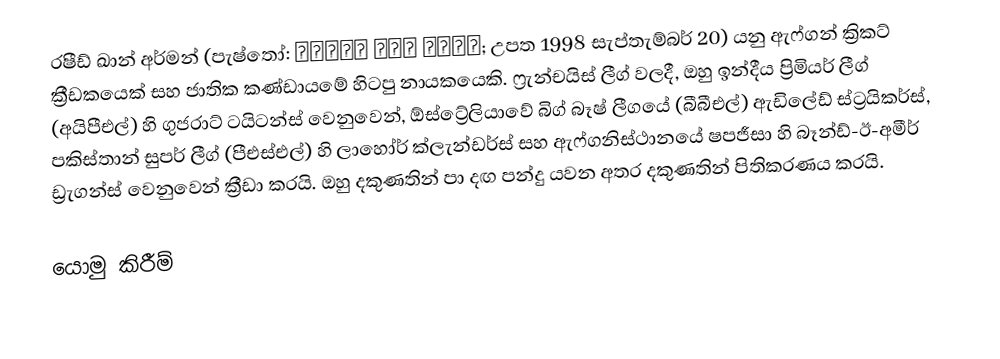
රෂීඩ් ඛාන් අර්මන් (පැෂ්තෝ: راشد خان ارمان; උපත 1998 සැප්තැම්බර් 20) යනු ඇෆ්ගන් ක්‍රිකට් ක්‍රීඩකයෙක් සහ ජාතික කණ්ඩායමේ හිටපු නායකයෙකි. ෆ්‍රැන්චයිස් ලීග් වලදී, ඔහු ඉන්දීය ප්‍රිමියර් ලීග් (අයිපීඑල්) හි ගුජරාට් ටයිටන්ස් වෙනුවෙන්, ඕස්ට්‍රේලියාවේ බිග් බෑෂ් ලීගයේ (බීබීඑල්) ඇඩිලේඩ් ස්ට්‍රයිකර්ස්, පකිස්තාන් සුපර් ලීග් (පීඑස්එල්) හි ලාහෝර් ක්ලැන්ඩර්ස් සහ ඇෆ්ගනිස්ථානයේ ෂපජීසා හි බෑන්ඩ්-ඊ-අමීර් ඩ්‍රැගන්ස් වෙනුවෙන් ක්‍රීඩා කරයි. ඔහු දකුණතින් පා දඟ පන්දු යවන අතර දකුණතින් පිතිකරණය කරයි.

යොමු කිරීම්